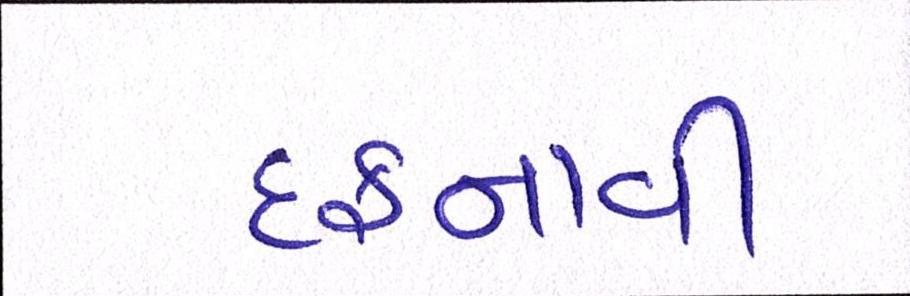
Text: દફનાવી